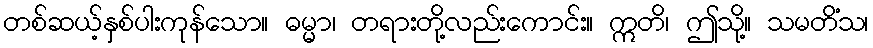
တစ်ဆယ့်နှစ်ပါးကုန်သော။ ဓမ္မာ၊ တရားတို့လည်းကောင်း။ ဣတိ၊ ဤသို့။ သမတိံသ၊